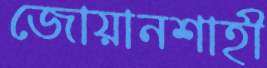
জোয়ানশাহী